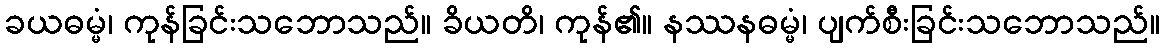
ခယဓမ္မံ၊ ကုန်ခြင်းသဘောသည်။ ခိယတိ၊ ကုန်၏။ နဿနဓမ္မံ၊ ပျက်စီးခြင်းသဘောသည်။